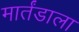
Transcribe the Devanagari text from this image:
मार्तंडाला